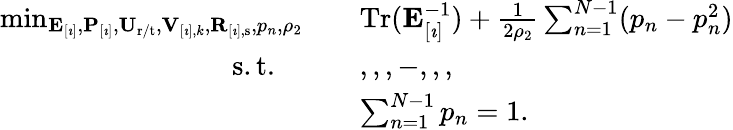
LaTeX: \begin{array}{rl}{\operatorname*{min}_{\mathbf{E}_{[\imath]},\mathbf{P}_{[\imath]},\mathbf{U}_{\mathrm{r}/\mathrm{t}},\mathbf{V}_{[\imath],k},\mathbf{R}_{[\imath],\mathrm{s}},p_{n},\rho_{2}}\quad}&{\mathrm{Tr}(\mathbf{E}_{[\imath]}^{-1})+\frac{1}{2\rho_{2}}\sum_{n=1}^{N-1}(p_{n}-p_{n}^{2})}\\ {\mathrm{s.t.}\qquad}&{,,,-,,,}\\ &{\sum_{n=1}^{N-1}p_{n}=1.}\end{array}